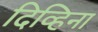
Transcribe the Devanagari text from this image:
दिव्हिना